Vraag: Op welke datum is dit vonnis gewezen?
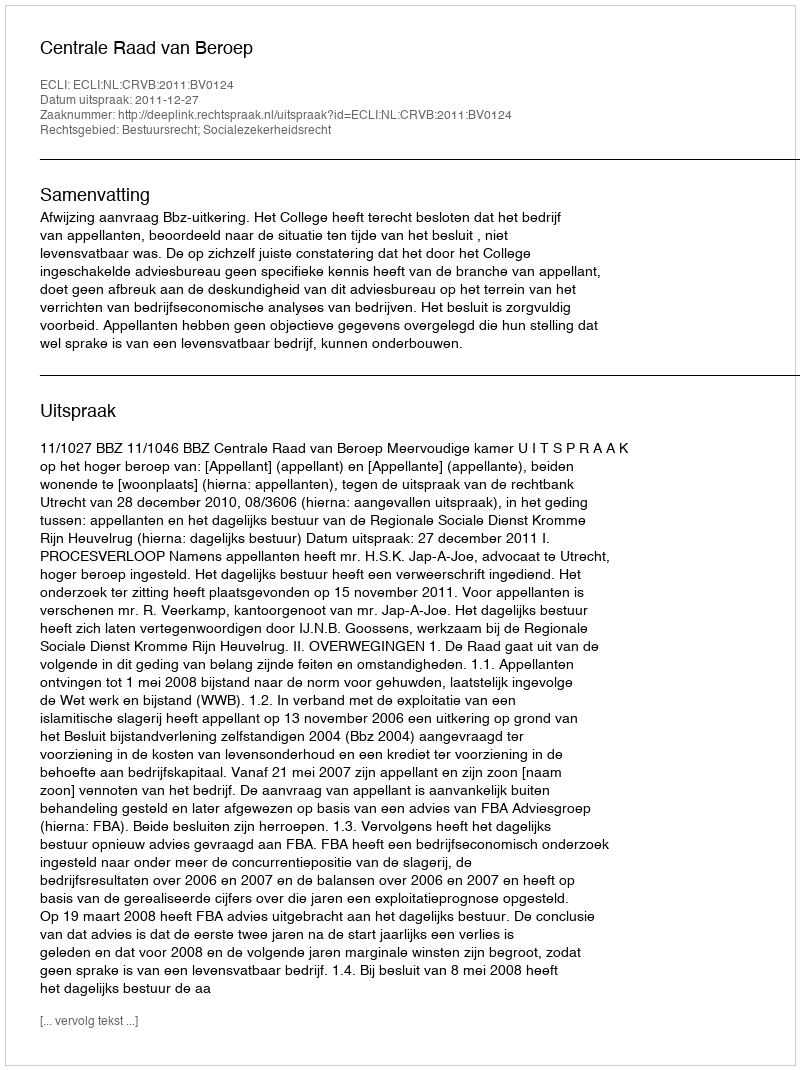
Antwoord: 2011-12-27